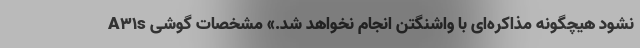
نشود هیچگونه مذاکره‌ای با واشنگتن انجام نخواهد شد.» مشخصات گوشی A31s